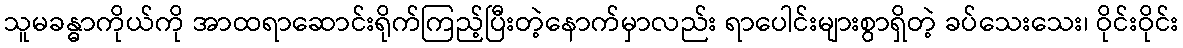
သူမခန္ဓာကိုယ်ကို အာထရာဆောင်းရိုက်ကြည့်ပြီးတဲ့နောက်မှာလည်း ရာပေါင်းများစွာရှိတဲ့ ခပ်သေးသေး၊ ဝိုင်းဝိုင်း